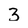
Character: 3